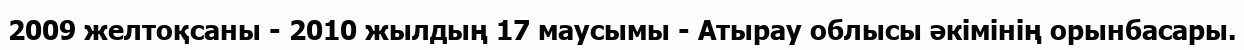
2009 желтоқсаны - 2010 жылдың 17 маусымы - Атырау облысы әкімінің орынбасары.